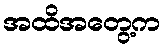
အထိအတွေ့က